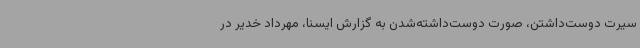
سیرت دوست‌داشتن، صورت دوست‌داشته‌شدن به گزارش ایسنا، مهرداد خدیر در